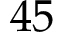
4 5